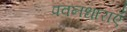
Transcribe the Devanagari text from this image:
पवनधाराएँ